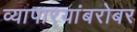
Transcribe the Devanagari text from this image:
व्यापार्‍यांबरोबर